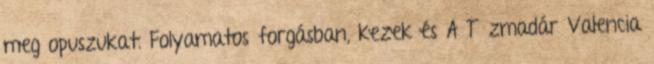
meg opuszukat. Folyamatos forgásban, kezek és A Tűzmadár Valencia